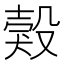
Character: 㺉